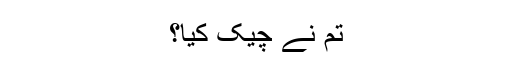
تم نے چیک کیا؟